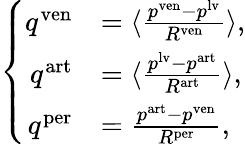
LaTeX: \left\{ \begin{array}{rl}{q^{\mathrm{ven}}}&{=\langle\frac{p^{\mathrm{ven}}-p^{\mathrm{lv}}}{R^{\mathrm{ven}}}\rangle,}\\ {q^{\mathrm{art}}}&{=\langle\frac{p^{\mathrm{lv}}-p^{\mathrm{art}}}{R^{\mathrm{art}}}\rangle,}\\ {q^{\mathrm{per}}}&{=\frac{p^{\mathrm{art}}-p^{\mathrm{ven}}}{R^{\mathrm{per}}},}\end{array}\right.